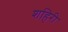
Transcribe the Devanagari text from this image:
शहिरी